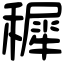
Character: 穉